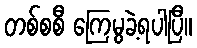
တစ်စစီ ကြေမွခဲ့ရပါပြီ။